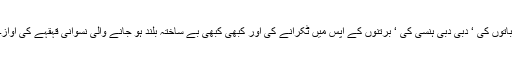
باتوں کی ‘ دبی دبی ہنسی کی ‘ برتنوں کے آپس میں ٹکرانے کی اور کبھی کبھی بے ساختہ بلند ہو جانے والی نسوانی قہقہے کی آواز۔